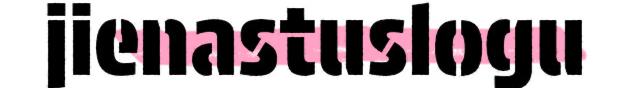
jienastuslogu